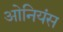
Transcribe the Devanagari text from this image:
ओनियंस